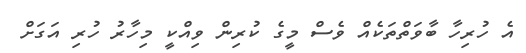
އެ ހުރިހާ ބާވަތްތަކެއް ވެސް މީގެ ކުރިން ވިއްކީ މިހާރު ހުރި އަގަށް